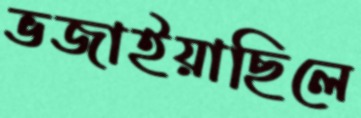
ভজাইয়াছিলে